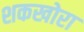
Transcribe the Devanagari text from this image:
शकखोरा